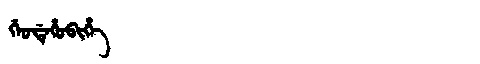
Manchu: ᡤᡝᠣᡩᡝᡥᠣᠪᡳᡥᡝ
Romanization: GEODEHOBIHE